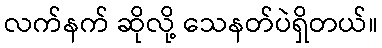
လက်နက် ဆိုလို့ သေနတ်ပဲရှိတယ်။